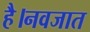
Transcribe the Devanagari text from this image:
है।नवजात